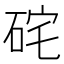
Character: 𥒈